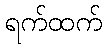
ရက်ထက်